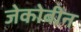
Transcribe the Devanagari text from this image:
जेकोबीन